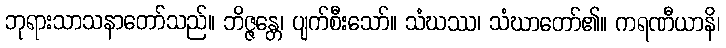
ဘုရားသာသနာတော်သည်။ ဘိဇ္ဇန္တေ၊ ပျက်စီးသော်။ သံဃဿ၊ သံဃာတော်၏။ ကရဏီယာနိ၊